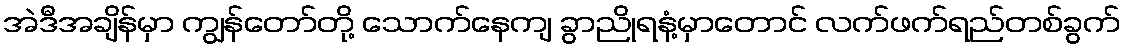
အဲဒီအချိန်မှာ ကျွန်တော်တို့ သောက်နေကျ ခွာညိုရနံ့မှာတောင် လက်ဖက်ရည်တစ်ခွက်